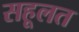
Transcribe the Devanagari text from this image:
सहूलत